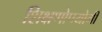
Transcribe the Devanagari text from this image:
शिक्षणोपयोगी